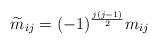
LaTeX: \begin{align*}\widetilde m_{ij}=(-1)^{\frac{j(j-1)}{2}}m_{ij}\end{align*}